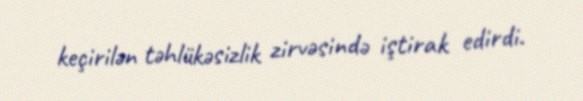
keçirilən təhlükəsizlik zirvəsində iştirak edirdi.